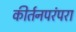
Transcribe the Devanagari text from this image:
कीर्तनपरंपरा